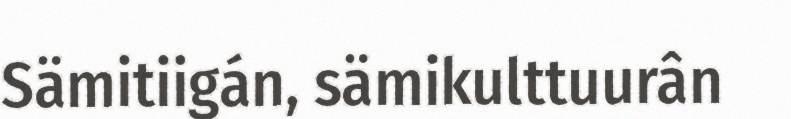
Sämitiigán, sämikulttuurân